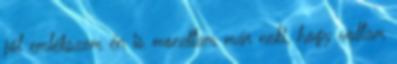
jól emlékszem én is mondtam már neki, hogy voltam